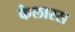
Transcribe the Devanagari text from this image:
कैलारस